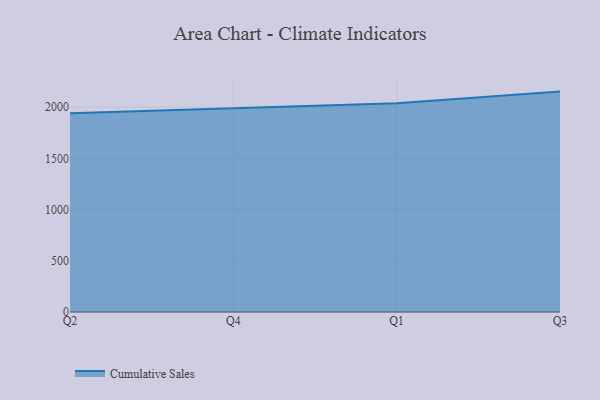
{"axis": {"x": "Quarter", "y": "Churn Rate (%)"}, "legend": ["Cumulative Sales"], "data": [{"x": "Q2", "y": 1940.3, "type": "Cumulative Sales"}, {"x": "Q4", "y": 1988.9, "type": "Cumulative Sales"}, {"x": "Q1", "y": 2038.8, "type": "Cumulative Sales"}, {"x": "Q3", "y": 2152.2, "type": "Cumulative Sales"}]}